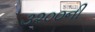
૩૨૦૦ની